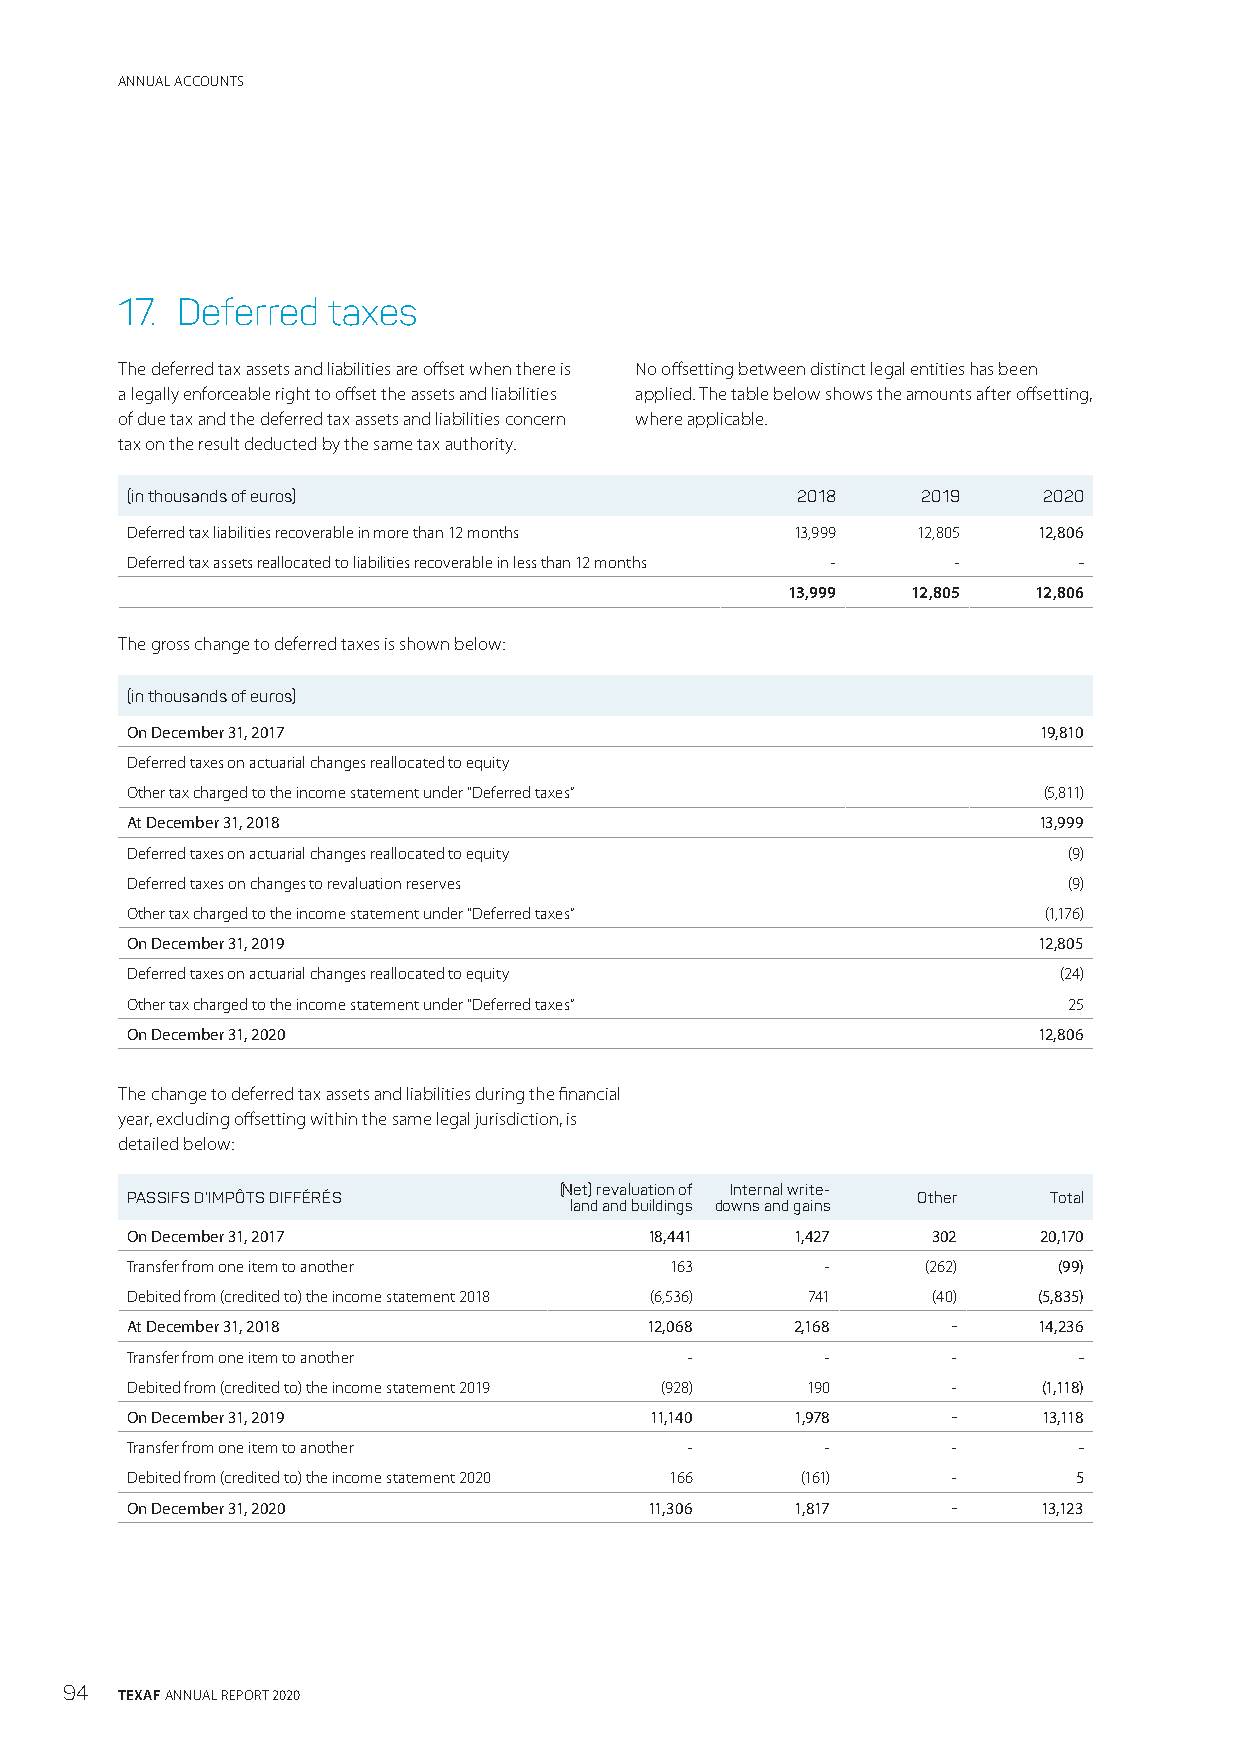
ANNUAL ACCOUNTS
 17. Deferred  taxes
 The deferred tax assets and liabilities are offset when there is No offsetting between distinct legal entities has been
 a legally enforceable right to offset the assets and liabilities applied. The table below shows the amounts after offsetting,
 of due tax and the deferred tax assets and liabilities concern where applicable.
 tax on the result deducted by the same tax authority.
 (in thousands of euros)                      2018    2019    2020
 Deferred tax liabilities recoverable in more than 12 months 13,999 12,805 12,806
 Deferred tax assets reallocated to liabilities recoverable in less than 12 months - - -
 13,999  12,805  12,806
 The gross change to deferred taxes is shown below:
 (in thousands of euros)
 On December 31, 2017                                         19,810
 Deferred taxes on actuarial changes reallocated to equity
 Other tax charged to the income statement under “Deferred taxes” (5,811)
 At December 31, 2018                                         13,999
 Deferred taxes on actuarial changes reallocated to equity      (9)
 Deferred taxes on changes to revaluation reserves              (9)
 Other tax charged to the income statement under “Deferred taxes” (1,176)
 On December 31, 2019                                         12,805
 Deferred taxes on actuarial changes reallocated to equity     (24)
 Other tax charged to the income statement under “Deferred taxes” 25
 On December 31, 2020                                         12,806
 The change to deferred tax assets and liabilities during the financial
 year, excluding offsetting within the same legal jurisdiction, is
 detailed below:
 (Net) revaluation of Internal write-
 PASSIFS D’IMPÔTS DIFFÉRÉS                            Other   Total
 land and buildings downs and gains
 On December 31, 2017               18,441    1,427    302    20,170
 Transfer from one item to another   163        -     (262)    (99)
 Debited from (credited to) the income statement 2018 (6,536) 741 (40) (5,835)
 At December 31, 2018               12,068    2,168     -     14,236
 Transfer from one item to another     -        -       -       -
 Debited from (credited to) the income statement 2019 (928) 190 - (1,118)
 On December 31, 2019               11,140    1,978     -     13,118
 Transfer from one item to another     -        -       -       -
 Debited from (credited to) the income statement 2020 166 (161) - 5
 On December 31, 2020               11,306    1,817     -     13,123
 94  TEXAF ANNUAL REPORT 2020